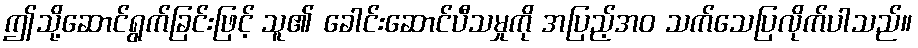
ဤသို့ဆောင်ရွက်ခြင်းဖြင့် သူ၏ ခေါင်းဆောင်ပီသမှုကို အပြည့်အဝ သက်သေပြလိုက်ပါသည်။